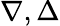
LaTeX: \nabla,\Delta